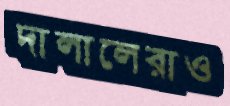
দালালেরাও